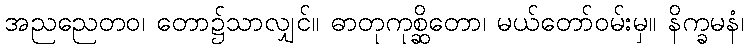
အညညေတဝ၊ တော၌သာလျှင်။ ဓာတုကုစ္ဆိတော၊ မယ်တော်ဝမ်းမှ။ နိက္ခမနံ၊